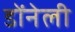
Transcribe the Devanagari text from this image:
डोंनेली